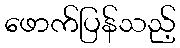
ဖောက်ပြန်သည့်